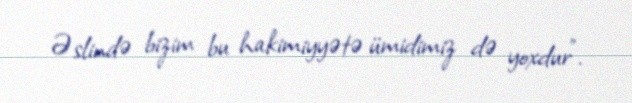
Əslində bizim bu hakimiyyətə ümidimiz də yoxdur”.